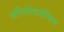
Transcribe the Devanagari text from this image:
अरियोवर्जनिस